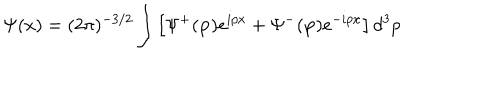
\Psi ( x ) = ( 2 \pi ) ^ { - 3 / 2 } \int \left[ \Psi ^ { + } ( \mathbf { p } ) e ^ { i p x } + \Psi ^ { - } ( \mathbf { p } ) e ^ { - i p x } \right] d ^ { 3 } p